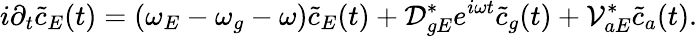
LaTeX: i\partial_{t}\tilde{c}_{E}(t)=(\omega_{E}-\omega_{g}-\omega)\tilde{c}_{E}(t)+\mathcal{D}_{gE}^{*}e^{i\omega t}\tilde{c}_{g}(t)+\mathcal{V}_{aE}^{*}\tilde{c}_{a}(t).